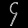
Digit: ၄